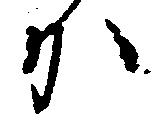
か